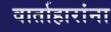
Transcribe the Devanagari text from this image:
वार्ताहारांना